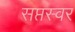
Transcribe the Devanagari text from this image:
सप्तस्वर